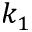
k _ { 1 }